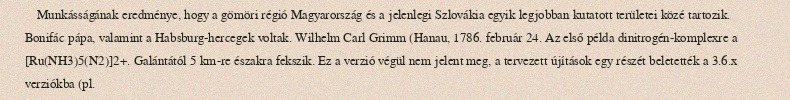
Munkásságának eredménye, hogy a gömöri régió Magyarország és a jelenlegi Szlovákia egyik legjobban kutatott területei közé tartozik. Bonifác pápa, valamint a Habsburg-hercegek voltak. Wilhelm Carl Grimm (Hanau, 1786. február 24. Az első példa dinitrogén-komplexre a [Ru(NH3)5(N2)]2+. Galántától 5 km-re északra fekszik. Ez a verzió végül nem jelent meg, a tervezett újítások egy részét beletették a 3.6.x verziókba (pl.